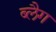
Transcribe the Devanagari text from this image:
ब्लैग